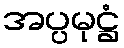
အပ္ပမုဋ္ဌံ